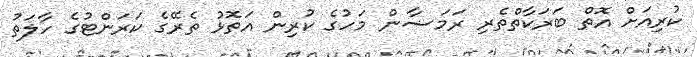
ކުރިއަށް އޮތް ބަރަކާތްތެރި ރަމަޟާން މަހުގެ ކުރިން އަތޮޅު ތެރޭގެ ކަރަންޓުގެ ހާލަތު